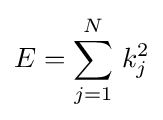
E=\sum _{j=1}^{N}\,k_{j}^{2}